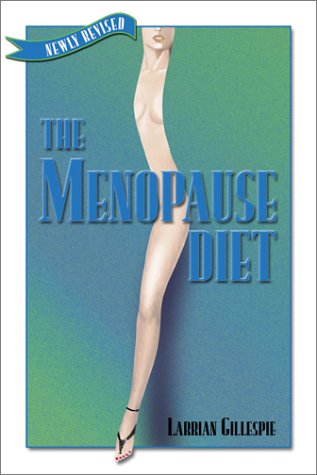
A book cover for The Menopause Diet; Larrian Gillespie; Health, Fitness & Dieting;